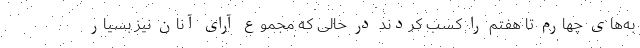
به‌های چهارم تا هفتم را کسب کردند در حالی که مجموع آرای آنان نیز بسیار